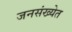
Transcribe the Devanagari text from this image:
जनसंख्येत